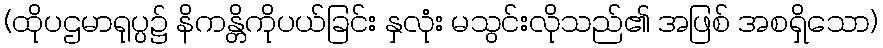
(ထိုပဌမာရုပ္ပ၌ နိကန္တိကိုပယ်ခြင်း နှလုံး မသွင်းလိုသည်၏ အဖြစ် အစရှိသော)